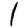
Digit: 1